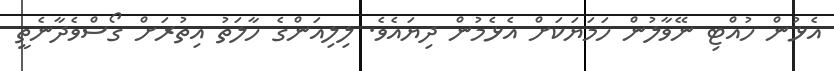
އެޅުން ހުއްޓި ނޭވާލުން ހަމަޔަކަށް އެޅެމުން ދިޔައެވެ. ލިލިއަންގެ ހާލަތު އިތުރަށް ގޯސްވެދާނެތީ